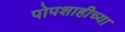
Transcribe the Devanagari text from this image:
पोपशाहीच्या